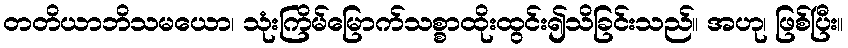
တတိယာဘိသမယော၊ သုံးကြိမ်မြောက်သစ္စာထိုးထွင်း၍သိခြင်းသည်။ အဟု၊ ဖြစ်ပြီး။